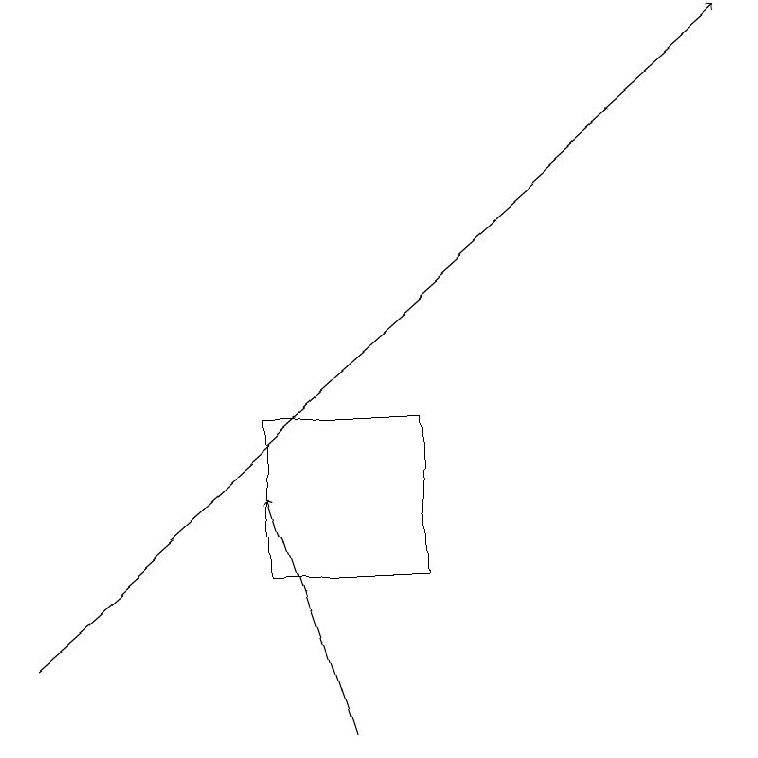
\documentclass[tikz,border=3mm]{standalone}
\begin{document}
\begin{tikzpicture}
\draw (3,12) rectangle (5,14);
\draw[->] (0,11) -- (9,19);
\draw[->] (4,10) -- (3,13);
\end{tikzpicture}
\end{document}